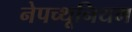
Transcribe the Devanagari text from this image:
नेपच्थूनियम